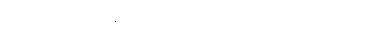
နေ့လည် ၁ နာရီဝန်းကျင်လောက်မှာ ဒီမော့ဆိုမြို့မှာပဲတွေ့တယ်။